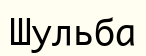
Шульба